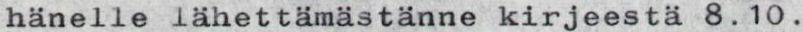
hänelle lähettämästänne kirjeestä 8.10.